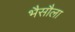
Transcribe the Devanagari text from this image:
भैसौला